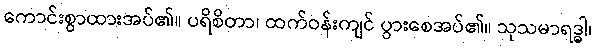
ကောင်းစွာထားအပ်၏။ ပရိစိတာ၊ ထက်ဝန်းကျင် ပွားစေအပ်၏။ သုသမာရဒ္ဓါ၊